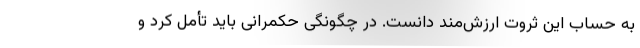
به حساب این ثروت ارزش‌مند دانست. در چگونگی حکمرانی باید تأمل کرد و